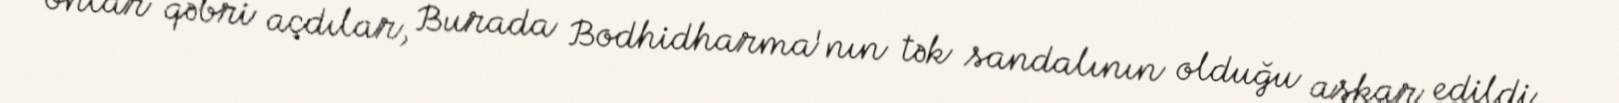
onlar qəbri açdılar, Burada Bodhidharma'nın tək sandalının olduğu aşkar edildi